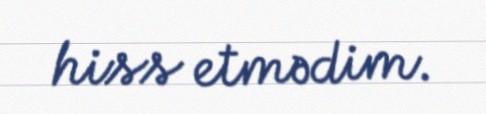
hiss etmədim.